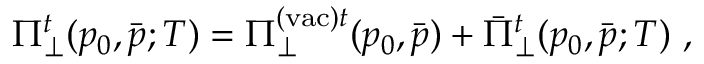
\Pi _ { \perp } ^ { t } ( p _ { 0 } , \bar { p } ; T ) = \Pi _ { \perp } ^ { \mathrm { ( v a c ) } t } ( p _ { 0 } , \bar { p } ) + \bar { \Pi } _ { \perp } ^ { t } ( p _ { 0 } , \bar { p } ; T ) \ ,